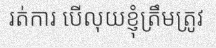
រត់ការ បើលុយខ្ញុំត្រឹមត្រូវ